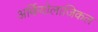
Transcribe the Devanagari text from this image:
अर्कियोलाजिकल